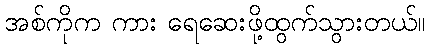
အစ်ကိုက ကား ရေဆေးဖို့ထွက်သွားတယ်။